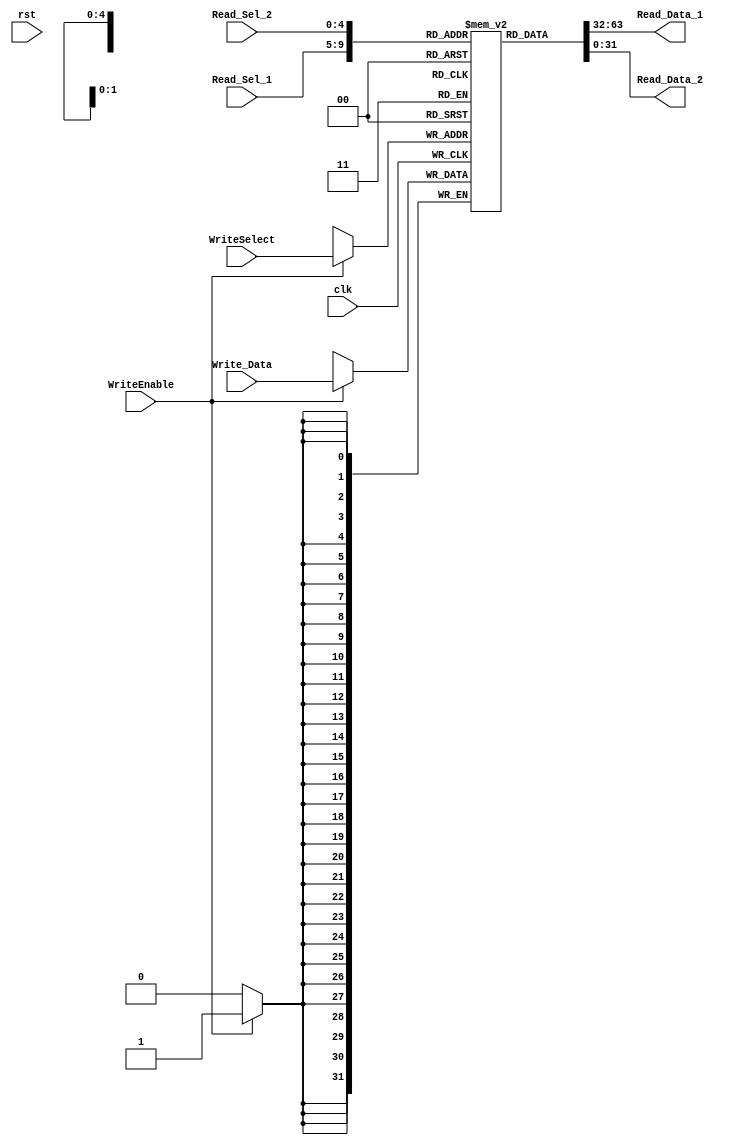

// This can be used to replace the original nbit_register_file in lab6.
// In iSim you can actually expand this reg_file to view the contents in it. 

module nbit_register_file(Write_Data,   // Input data
                          Read_Data_1,   // Output data 1
                          Read_Data_2,   // Output data 2
                          Read_Sel_1, // Select lines for output 1
                          Read_Sel_2, // Select lines for output 2
                          WriteSelect, // Select lines for input
                          WriteEnable, // Causes write to take place on posedge
                          rst,       // Synchronous reset
                          clk);        // Clock


 parameter data_width = 32;
 parameter select_width = 5; 
 
//Input
input           clk, WriteEnable, rst;
input           [data_width-1:0] Write_Data;
input           [4:0]  Read_Sel_1, Read_Sel_2, WriteSelect;

//Output
output		    [data_width-1:0] Read_Data_1, Read_Data_2;
    
reg             [data_width-1:0]            register_file [0:data_width-1];
    
    // for loop initializes all registers to 0, no need to rst
    integer i;
    initial begin
        for (i = 0; i < 32; i = i + 1) begin 
            register_file[i] = 10*i;
        end     
    end
    

	 assign		Read_Data_1 = register_file[Read_Sel_1];
	 assign		Read_Data_2 = register_file[Read_Sel_2];

    
    always @ (posedge clk) begin
        if (WriteEnable) 
            register_file[WriteSelect] <= Write_Data;
    end
endmodule